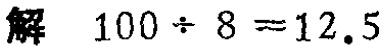
解 \(100 \div 8 = 12.5\)